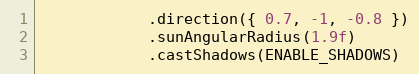
Language: C++
            .direction({ 0.7, -1, -0.8 })
            .sunAngularRadius(1.9f)
            .castShadows(ENABLE_SHADOWS)